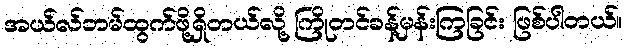
အယ်လ်ဘမ်ထွက်ဖို့ရှိတယ်လို့ ကြိုတင်ခန့်မှန်းကြခြင်း ဖြစ်ပါတယ်။